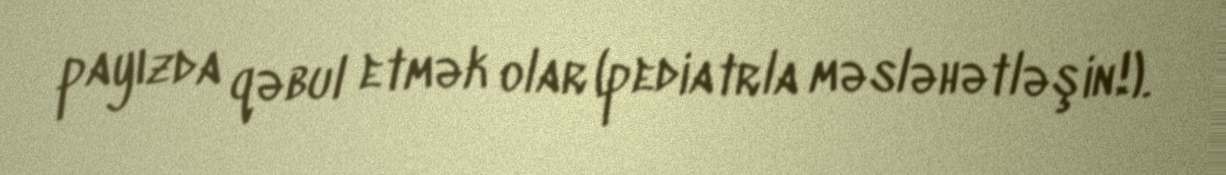
payızda qəbul etmək olar (pediatrla məsləhətləşin!).